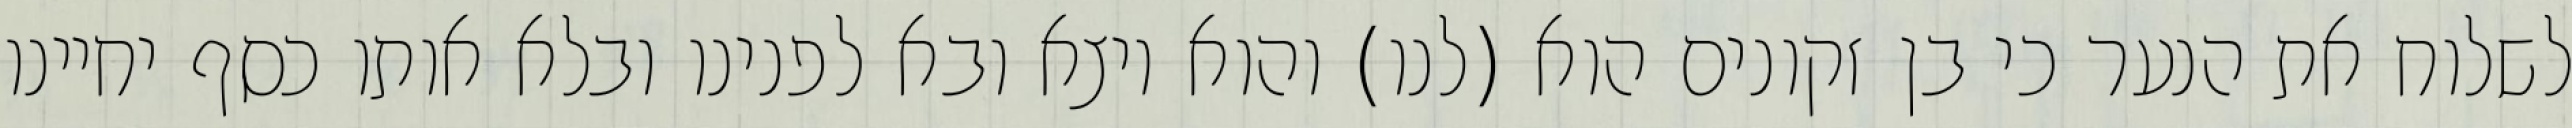
לשלוח את הנער כי בן זקונים הוא (לנו) והוא יוצא ובא לפנינו ובלא אותו כסף יחיינו